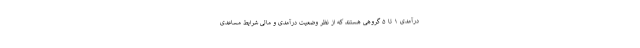
درآمدی ۱ تا ۵ گروهی هستند که از نظر وضعیت درآمدی و مالی شرایط مساعدی